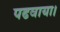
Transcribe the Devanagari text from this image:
पढवाया।